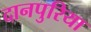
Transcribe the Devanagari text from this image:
दानपुरिया